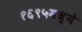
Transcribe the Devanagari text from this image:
१६९५मध्ये